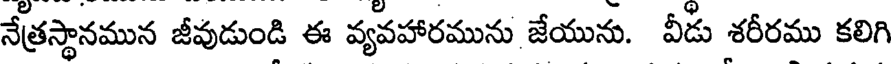
నేత్రస్థానమున జీవుడుండి ఈ వ్యవహారమును జేయును. వీడు శరీరము కలిగి